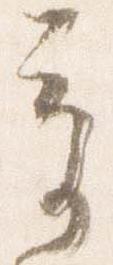
奇